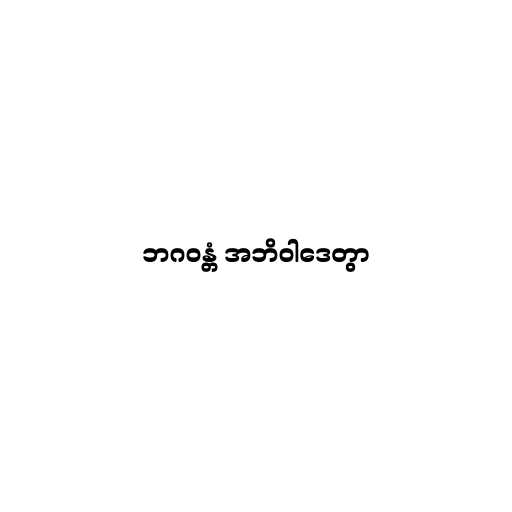
ဘဂဝန္တံ အဘိဝါဒေတွာ